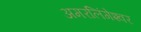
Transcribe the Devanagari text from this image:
अमरलिंगेश्‍वर